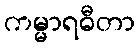
ကမ္မာရဓီတာ